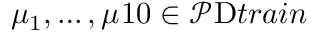
\mu _ { 1 } , \dots , \mu _ { Ḋ } 1 0 Ḍ \in \mathcal P _ { Ḋ } \mathrm { Ḋ } t r a i n Ḍ Ḍ